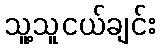
သူ့သူငယ်ချင်း